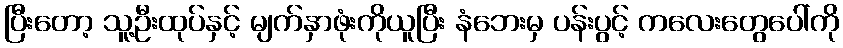
ပြီးတော့ သူ့ဦးထုပ်နှင့် မျက်နှာဖုံးကိုယူပြီး နံဘေးမှ ပန်းပွင့် ကလေးတွေပေါ်ကို